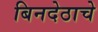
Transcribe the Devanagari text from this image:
बिनदेठाचे